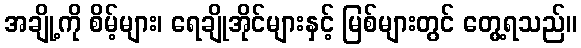
အချို့ကို စိမ့်များ၊ ရေချိုအိုင်များနှင့် မြစ်များတွင် တွေ့ရသည်။